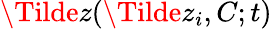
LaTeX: \Tilde{z}(\Tilde{z}_{i},C;t)